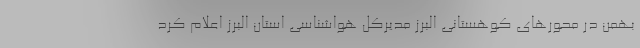
بهمن در محورهای کوهستانی البرز مدیرکل هواشناسی استان البرز اعلام کرد